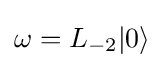
\omega =L_{-2}|0\rangle